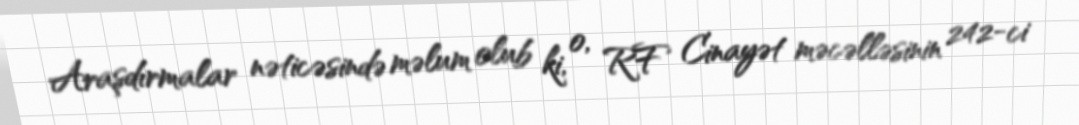
Araşdırmalar nəticəsində məlum olub ki, o, RF Cinayət məcəlləsinin 242-ci